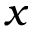
x